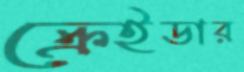
ক্রেইডার